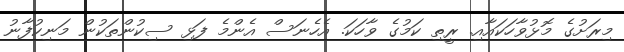
މިރަށުގެ މޮޅުވާހަކައާއި. ރީތި ކަމުގެ ވާހަކަ. އެހެނަސް އެންމެ ފަޅި ސިކުންތަކުން މަނިކުފާނު